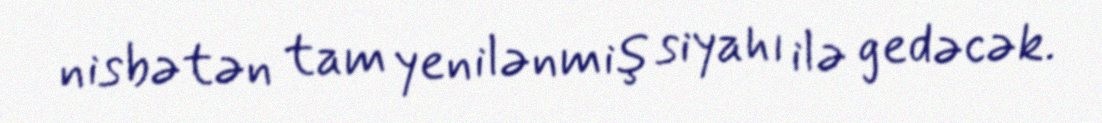
nisbətən tam yenilənmiş siyahı ilə gedəcək.